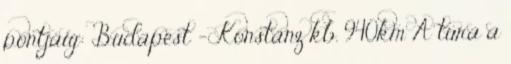
pontjáig: Budapest - Konstanz kb. 940km A túra a